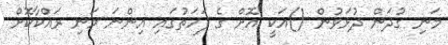
މަނި ގުދަން ދުޅަވުން ()އަކީ އޮށް ގެ ފަހަތުގައި އިންނަ މަނި ރައްކާކޮށް